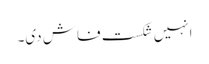
انہیں شکستِ فاش دی۔